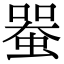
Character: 𧍨